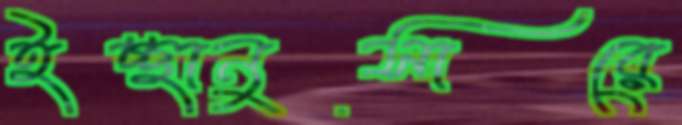
ইচ্ছানুসারে